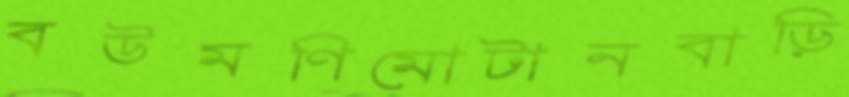
বউমণিমোটানবাড়ি